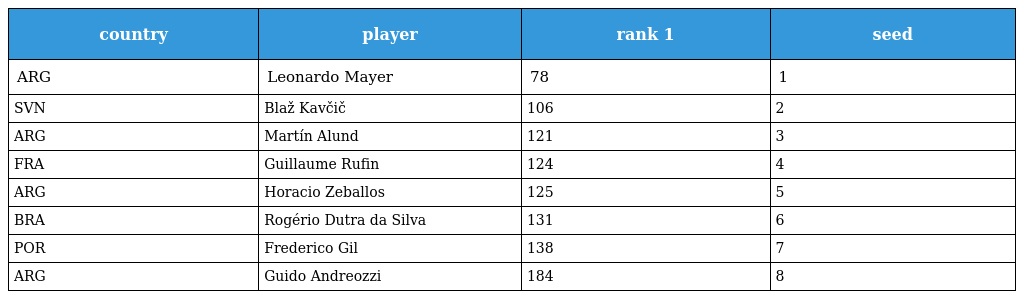
| country | player | rank 1 | seed |
 | --- | --- | --- | --- |
 | ARG | Leonardo Mayer | 78 | 1 |
 | SVN | Blaž Kavčič | 106 | 2 |
 | ARG | Martín Alund | 121 | 3 |
 | FRA | Guillaume Rufin | 124 | 4 |
 | ARG | Horacio Zeballos | 125 | 5 |
 | BRA | Rogério Dutra da Silva | 131 | 6 |
 | POR | Frederico Gil | 138 | 7 |
 | ARG | Guido Andreozzi | 184 | 8 |